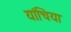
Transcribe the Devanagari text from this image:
यांचिया